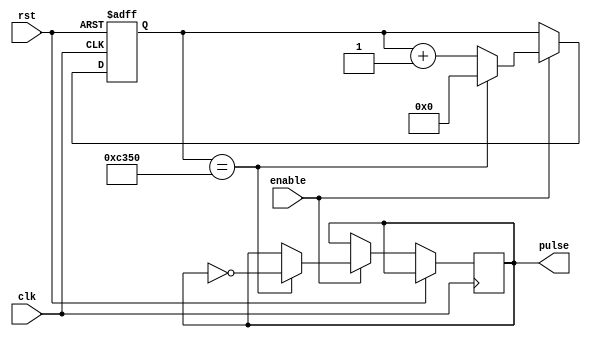
module pulse_generator(
    input wire clk,
    input wire rst,
    input wire enable,
    output reg pulse
);

reg [15:0] counter;
reg sync_ff;

always @(posedge clk or posedge rst) begin
    if (rst) begin
        counter <= 16'b0;
        sync_ff <= 1'b0;
    end else if (enable) begin
        if (counter == 16'd50000) begin
            pulse <= ~pulse;
            counter <= 16'b0;
        end else begin
            counter <= counter + 1;
        end
    end
end

always @(posedge clk or posedge rst) begin
    if (rst) begin
        sync_ff <= 1'b0;
    end else if (enable) begin
        sync_ff <= pulse;
    end
end

endmodule